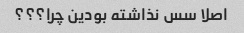
اصلا سس نذاشته بودین چرا؟؟؟